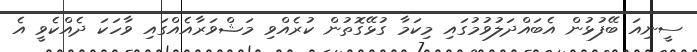
ސީނިއަ ބޭފުޅުން އެބައްދަލުވުމުގައި މިކަމާ ގުޅޭގޮތުން ކުރެއްވި މަޝްވަރާއެއްގައި ވާހަކަ ދެއްކެވީ އެ